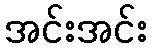
အင်းအင်း